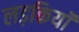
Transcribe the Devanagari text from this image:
लड़कियॉं